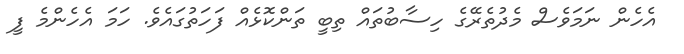
އެހެން ނަމަވެސް މެދުތެރޭގެ ހިސާބުތައް ތިބީ ތަންކޮޅެއް ފަހަތުގައެވެ. ހަމަ އެހެންމެ ފީ